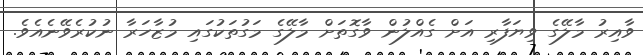
ވާއިރު މާލޭގެ ވިޔަފާރި އަށް ގެއްލުން ވާގޮތަށް މާލޭގެ މަގުތަކުގައި މުޒާހަރާ ނުކުރެވޭނެއެވެ.